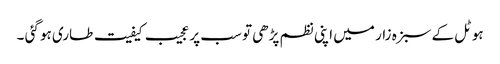
ہوٹل کے سبزہ زار میں اپنی نظم پڑھی تو سب پر عجیب کیفیت طاری ہو گئی ۔